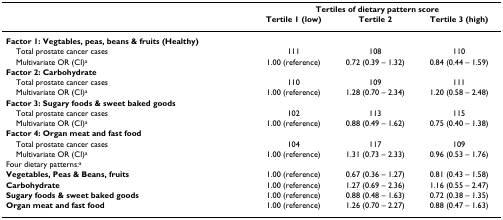
<table><thead><tr><td></td><td colspan="3"><b>Tertiles of dietary pattern score</b></td></tr><tr><td></td><td><b>Tertile 1 (low)</b></td><td><b>Tertile 2</b></td><td><b>Tertile 3 (high)</b></td></tr></thead><tbody><tr><td><b>Factor 1: Vegtables, peas, beans &amp; fruits (Healthy)</b></td><td></td><td></td><td></td></tr><tr><td> Total prostate cancer cases</td><td>111</td><td>108</td><td>110</td></tr><tr><td> Multivariate OR (CI)<sup>a</sup></td><td>1.00 (reference)</td><td>0.72 (0.39 – 1.32)</td><td>0.84 (0.44 – 1.59)</td></tr><tr><td><b>Factor 2: Carbohydrate</b></td><td></td><td></td><td></td></tr><tr><td> Total prostate cancer cases</td><td>110</td><td>109</td><td>111</td></tr><tr><td> Multivariate OR (CI)<sup>a</sup></td><td>1.00 (reference)</td><td>1.28 (0.70 – 2.34)</td><td>1.20 (0.58 – 2.48)</td></tr><tr><td><b>Factor 3: Sugary foods &amp; sweet baked goods</b></td><td></td><td></td><td></td></tr><tr><td> Total prostate cancer cases</td><td>102</td><td>113</td><td>115</td></tr><tr><td> Multivariate OR (CI)<sup>a</sup></td><td>1.00 (reference)</td><td>0.88 (0.49 – 1.62)</td><td>0.75 (0.40 – 1.38)</td></tr><tr><td><b>Factor 4: Organ meat and fast food</b></td><td></td><td></td><td></td></tr><tr><td> Total prostate cancer cases</td><td>104</td><td>117</td><td>109</td></tr><tr><td> Multivariate OR (CI)<sup>a</sup></td><td>1.00 (reference)</td><td>1.31 (0.73 – 2.33)</td><td>0.96 (0.53 – 1.76)</td></tr><tr><td>Four dietary patterns:<sup>a</sup></td><td></td><td></td><td></td></tr><tr><td><b>Vegetables, Peas &amp; Beans, fruits</b></td><td>1.00 (reference)</td><td>0.67 (0.36 – 1.27)</td><td>0.81 (0.43 – 1.58)</td></tr><tr><td><b>Carbohydrate</b></td><td>1.00 (reference)</td><td>1.27 (0.69 – 2.36)</td><td>1.16 (0.55 – 2.47)</td></tr><tr><td><b>Sugary foods &amp; sweet baked goods</b></td><td>1.00 (reference)</td><td>0.88 (0.48 – 1.63)</td><td>0.72 (0.38 – 1.35)</td></tr><tr><td><b>Organ meat and fast food</b></td><td>1.00 (reference)</td><td>1.26 (0.70 – 2.27)</td><td>0.88 (0.47 – 1.63)</td></tr></tbody></table>